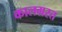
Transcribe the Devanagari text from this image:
कालग्रस्त